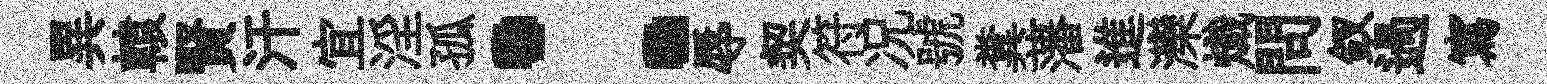
異轅賢汗宜淫孤：辱契符况號糞藩進灤熾問釵過寫